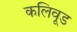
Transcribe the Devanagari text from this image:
कलिवूड